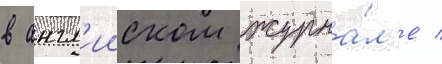
в англ'ииском журна́л'е /